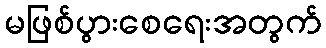
မဖြစ်ပွားစေရေးအတွက်